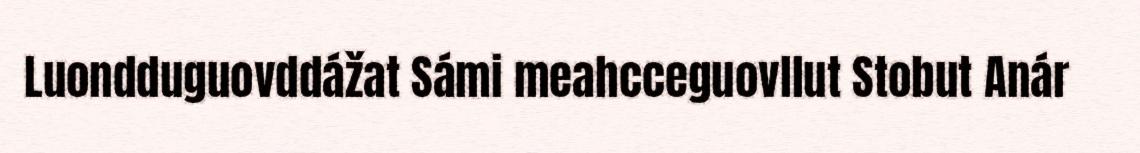
Luondduguovddážat Sámi meahcceguovllut Stobut Anár